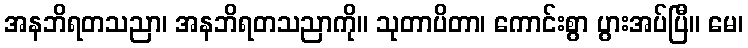
အနဘိရတသညာ၊ အနဘိရတသညာကို။ သုတာပိတာ၊ ကောင်းစွာ ပွားအပ်ပြီ။ မေ၊